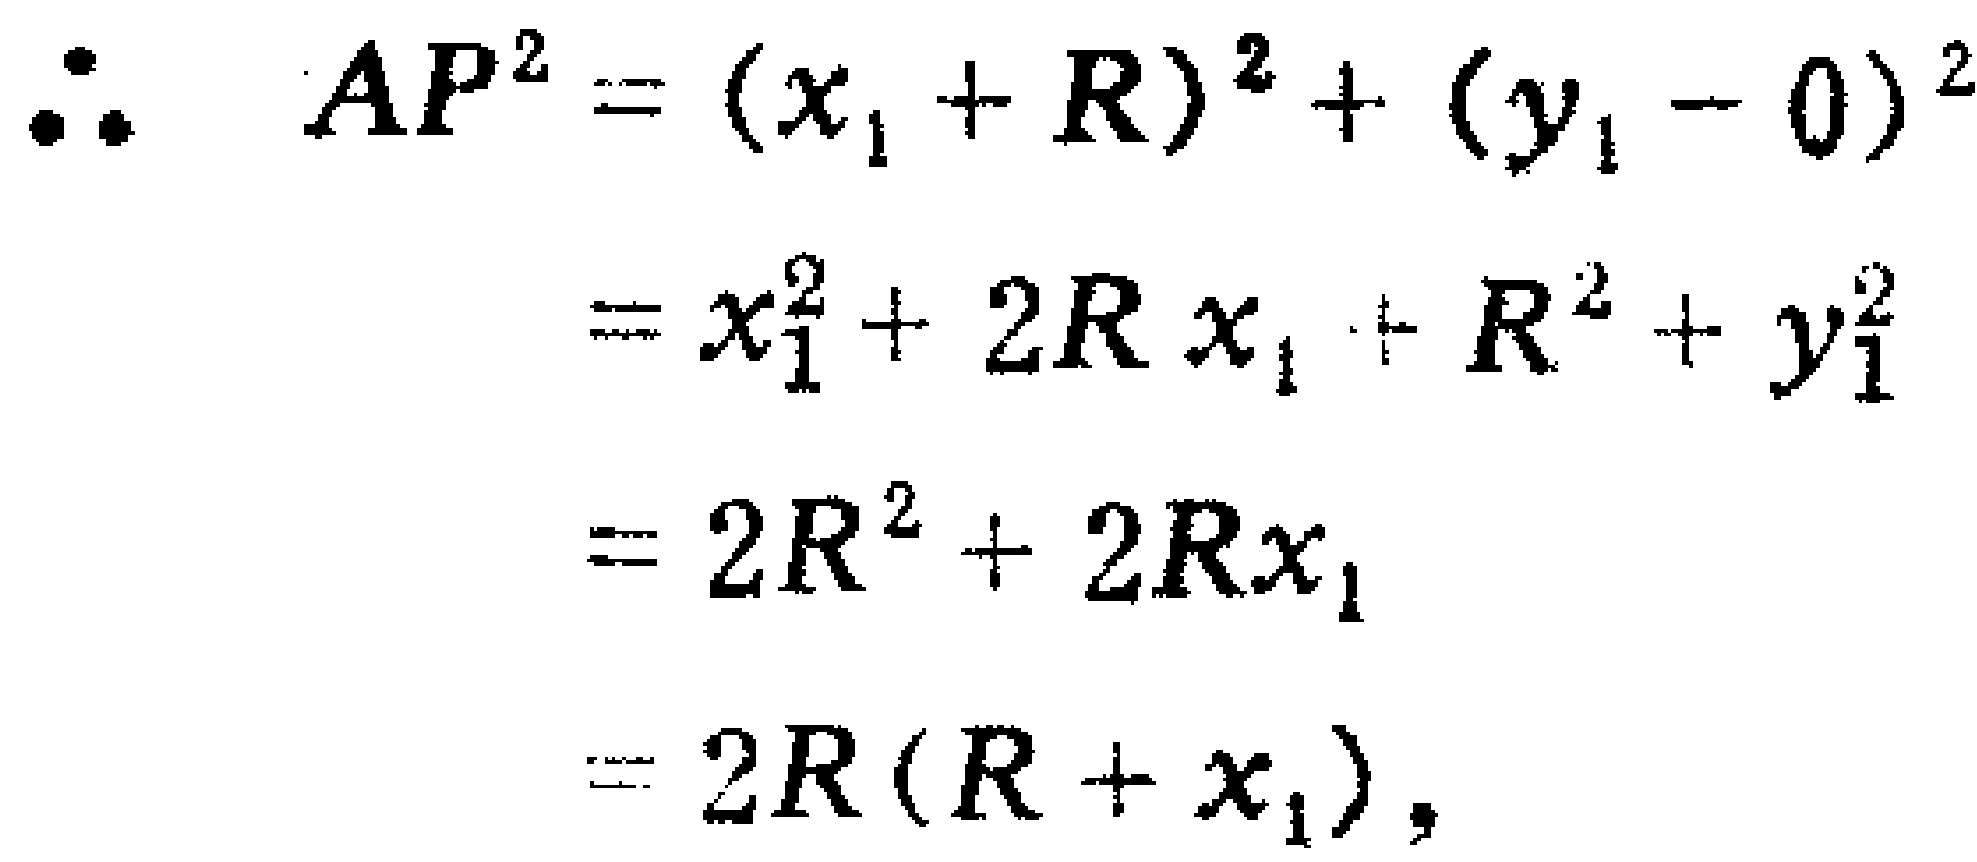
\[
\begin{align*}
\therefore\quad AP^{2}&=(x_{1} + R)^{2}+(y_{1}-0)^{2}\\
&=x_{1}^{2}+2Rx_{1}+R^{2}+y_{1}^{2}\\
&=2R^{2}+2Rx_{1}\\
&=2R(R + x_{1}),
\end{align*}
\]